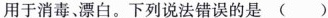
用于消毒、漂白。下列说法错误的是()